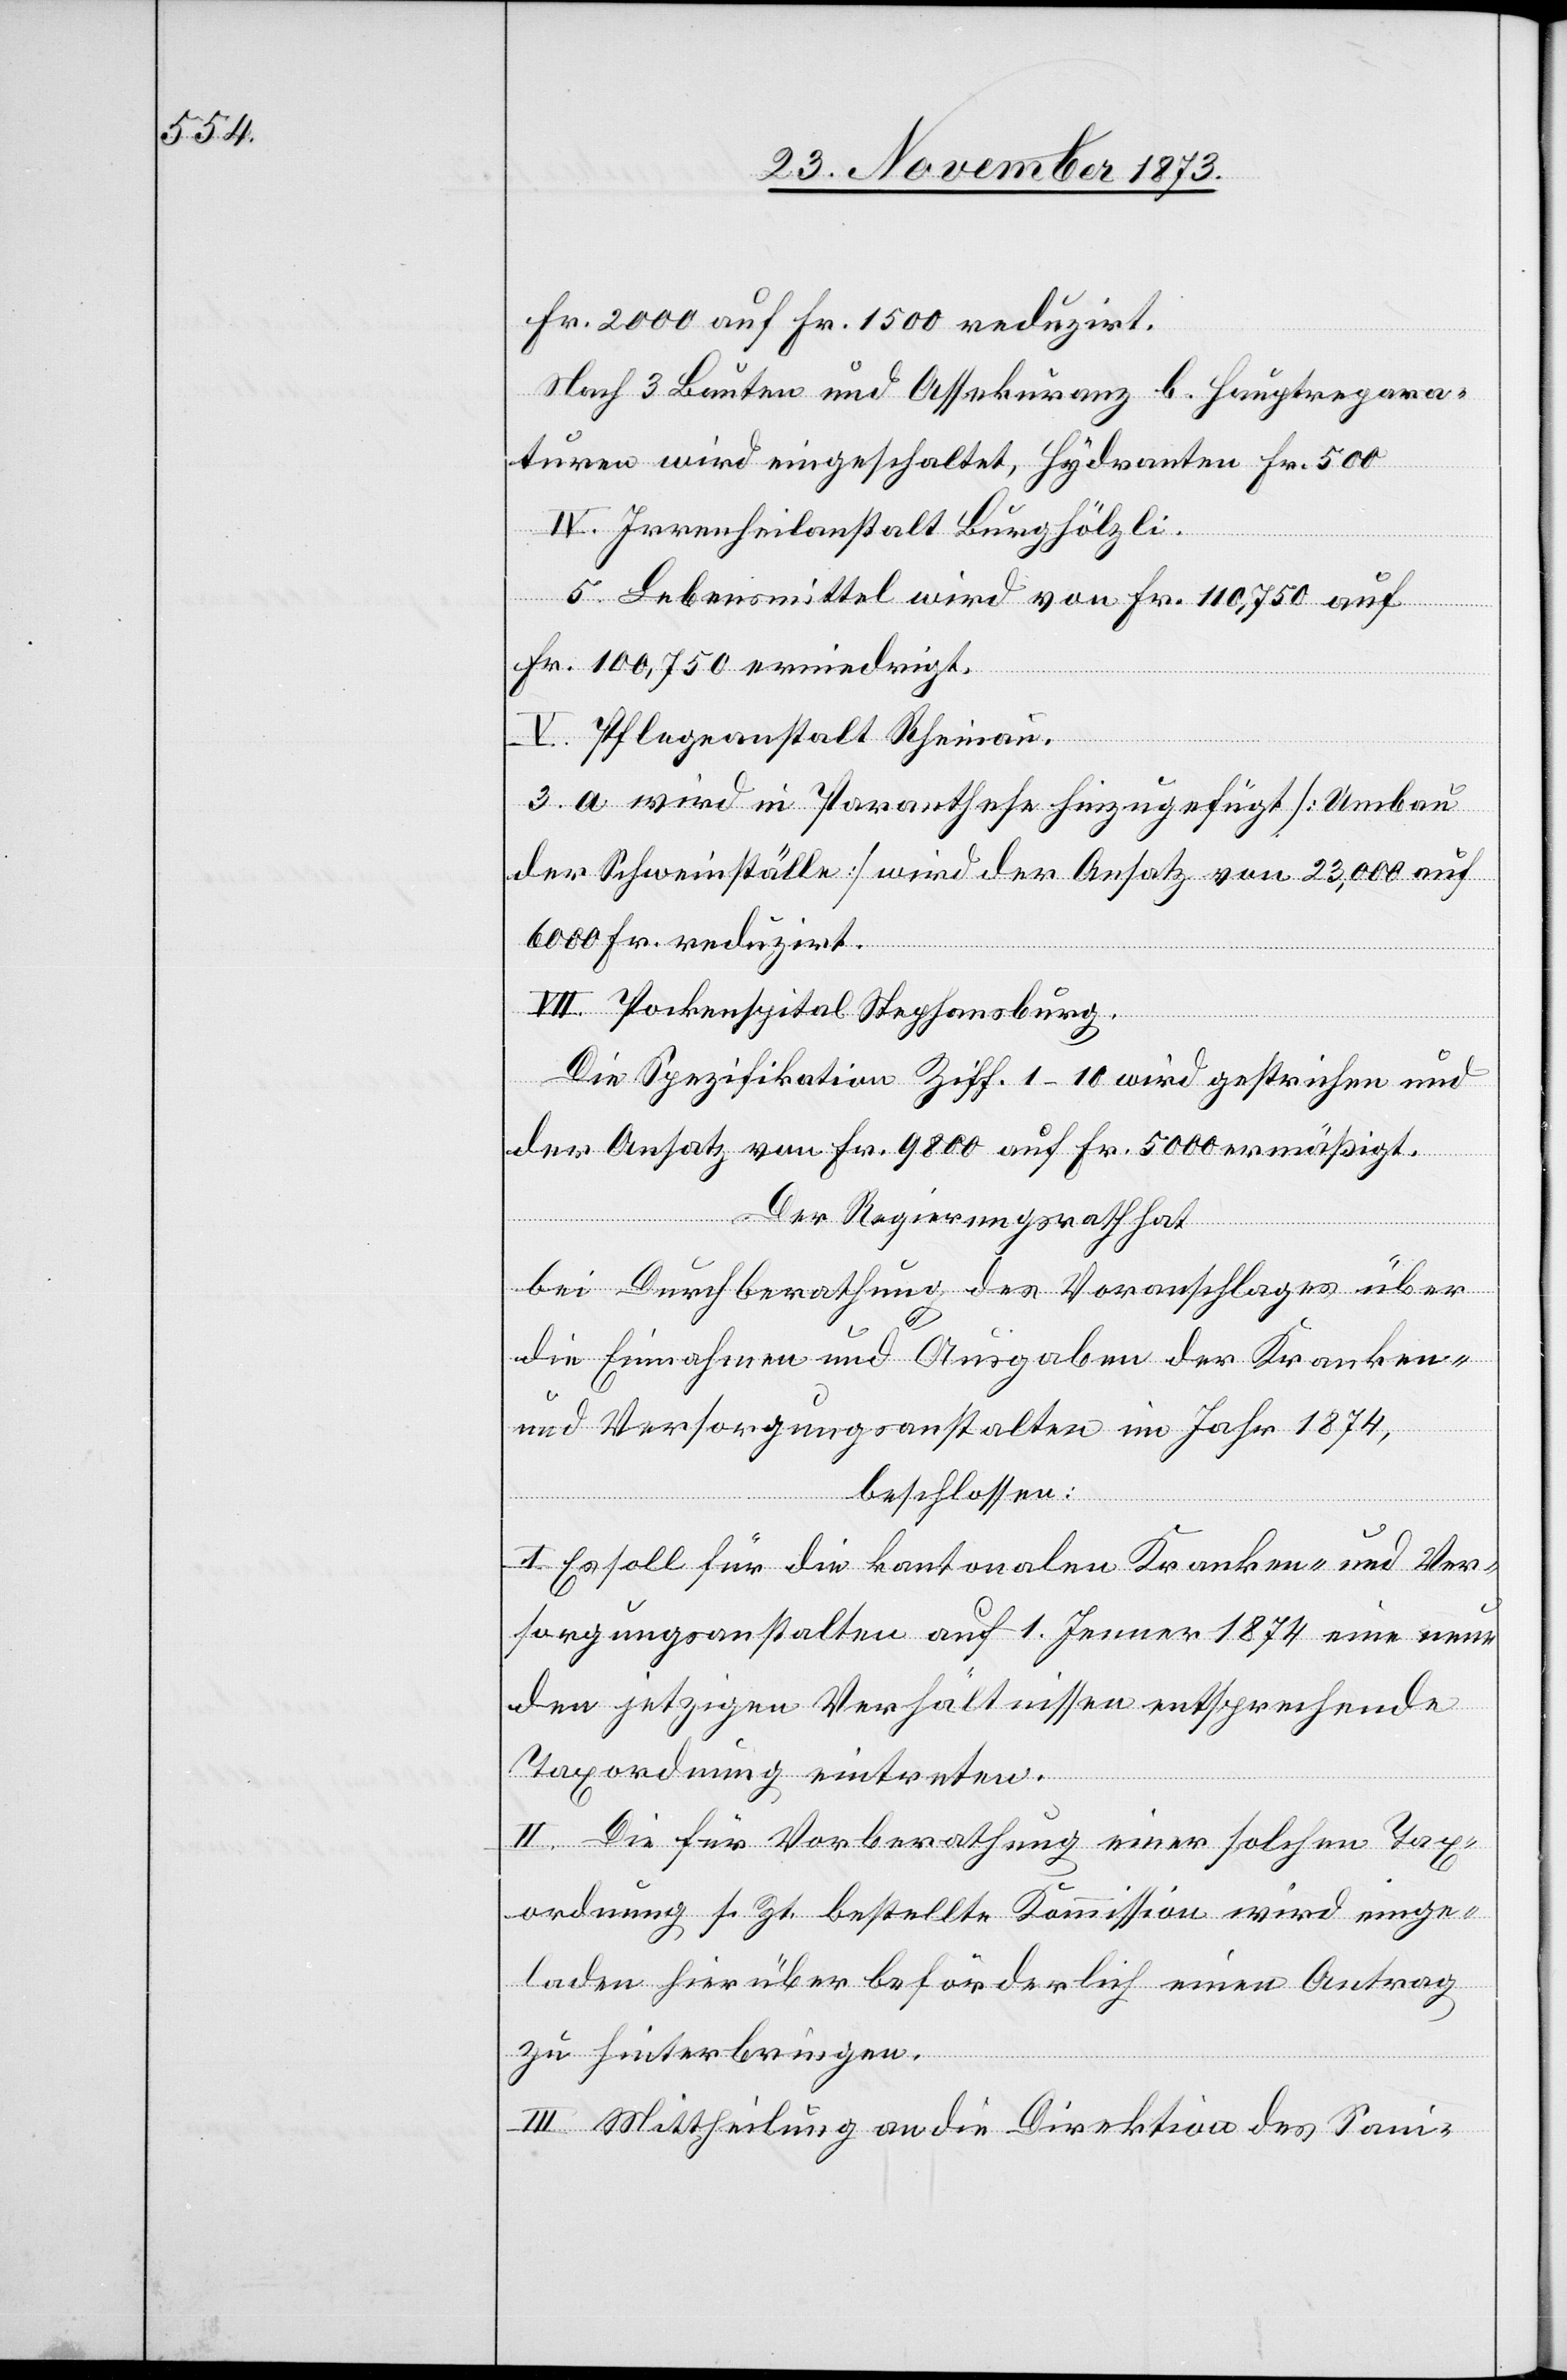
Fr. 2 000 auf Fr. 1 500 reduziert.
Nach 3[.] Bauten und Assekuranz b. Hauptrepara¬
turen wird eingeschaltet, Hydranten Fr. 500.
IV. Irrenheilanstalt Burghölzli.
5. Lebensmittel wird von Fr. 110,750 auf
Fr. 100,750 erniedrigt.
V. Pflegeanstalt Rheinau.
3. a wird in Paranthese hinzugefügt [Umbau
der Schweinställe] wird der Ansatz von 23,000 auf
6 000 Fr. reduzirt.
VII. Pockenspital Stephansburg.
Die Spezifikation Ziff. 1–10 wird gestrichen und
der Ansatz von Fr. 9 800 auf Fr. 5 000 ermäßigt.
Der Regierungsrath hat
bei Durchberathung des Voranschlages über
die Einnahmen und Ausgaben der Kranken-
und Versorgungsanstalten im Jahr 1874,
beschlossen:
I. Es soll für die kantonalen Kranken- und Ver¬
sorgungsanstalten auf 1. Jenner 1874 eine neue
den jetzigen Verhältnissen entsprechende
Taxordnung eintreten.
II. Die für Vorberathung einer solchen Tax¬
ordnung s. Zt. bestellte Kommission wird einge¬
laden hierüber beförderlich einen Antrag
zu hinterbringen.
III. Mittheilung an die Direktion des Sani-